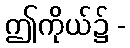
ဤကိုယ်၌ -